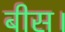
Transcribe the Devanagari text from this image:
बीस।